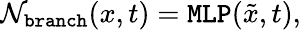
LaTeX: \mathcal{N}_{\texttt{branch}}(x,t)=\texttt{MLP}(\tilde{x},t),